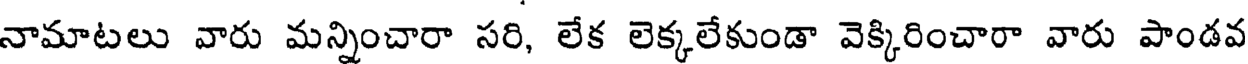
నామాటలు వారు మన్నించారా సరి, లేక లెక్కలేకుండా వెక్కిరించారా వారు పాండవ